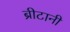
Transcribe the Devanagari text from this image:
ब्रीटानी